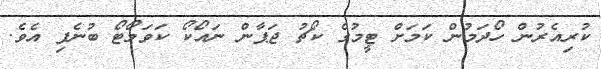
ކުރިއެރުން ހޯދަމުން ކަމަށް ޓީމުގެ ކޯޗު ޖަޕާން ނައޯކޯ ކަވަމޯޓޯ ބުނެފި އެވެ.